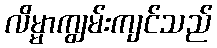
လိမ္မာကျွမ်းကျင်သည်